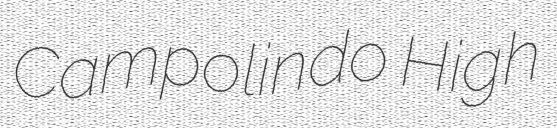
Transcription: Campolindo High